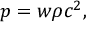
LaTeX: p = w \rho c ^ { 2 } ,